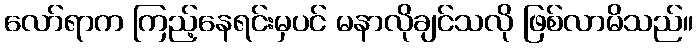
လော်ရာက ကြည့်နေရင်းမှပင် မနာလိုချင်သလို ဖြစ်လာမိသည်။